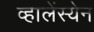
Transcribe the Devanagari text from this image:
व्हालेंस्येन